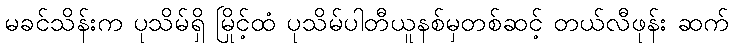
မခင်သိန်းက ပုသိမ်ရှိ မြိုင့်ထံ ပုသိမ်ပါတီယူနစ်မှတစ်ဆင့် တယ်လီဖုန်း ဆက်